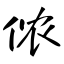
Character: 侬